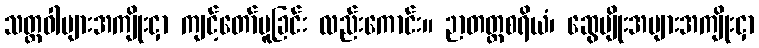
သတ္တဝါများအကျိုးငှာ ကျင့်တော်မူခြင်း လည်းကောင်း။ ဉာတတ္ထစရိယံ၊ ဆွေမျိုးအများအကျိုးငှာ